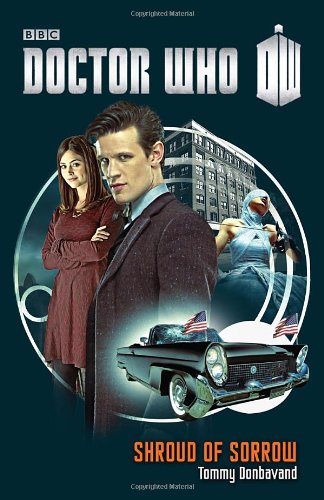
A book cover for Doctor Who: Shroud of Sorrow; Tommy Donbavand; Science Fiction & Fantasy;